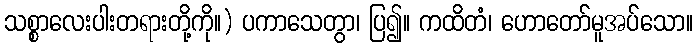
သစ္စာလေးပါးတရားတို့ကို။) ပကာသေတွာ၊ ပြ၍။ ကထိတံ၊ ဟောတော်မူအပ်သော။